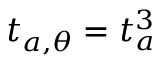
t _ { a , \theta } = t _ { a } ^ { 3 }